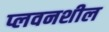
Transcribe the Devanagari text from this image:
प्लवनशील